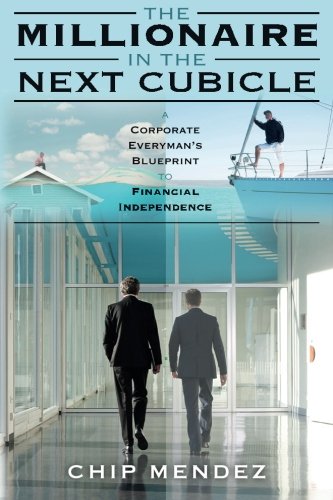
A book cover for The Millionaire In The Next Cubicle: A Corporate Everyman's Blueprint to Financial Independence; Chip Mendez; Business & Money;